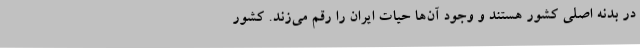
در بدنه اصلی کشور هستند و وجود آن‌ها حیات ایران را رقم می‌زند. کشور